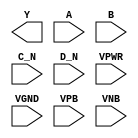
module sky130_fd_sc_hd__nor4bb (
    Y   ,
    A   ,
    B   ,
    C_N ,
    D_N ,
    VPWR,
    VGND,
    VPB ,
    VNB
);

    output Y   ;
    input  A   ;
    input  B   ;
    input  C_N ;
    input  D_N ;
    input  VPWR;
    input  VGND;
    input  VPB ;
    input  VNB ;
endmodule